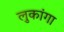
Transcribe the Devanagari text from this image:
लुकांगा